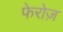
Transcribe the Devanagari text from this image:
फेरोज़